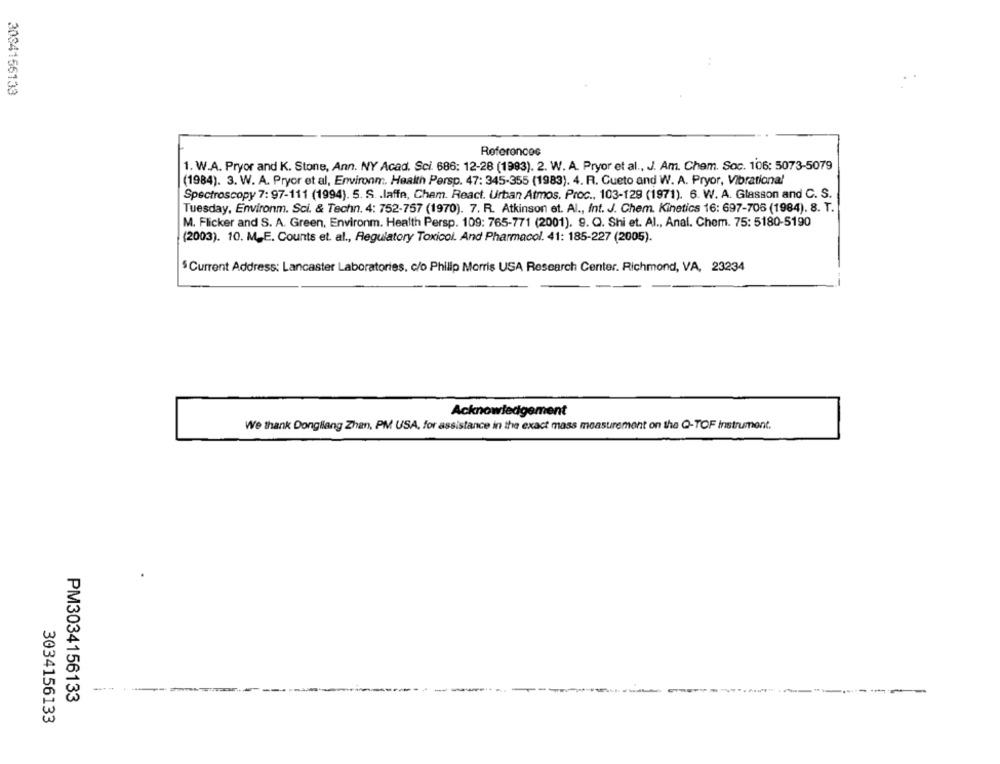
3034156133
Referoncos
1. W.A. Pryor and K. Stone, Ann. NY Acad. Sci. 686: 12-28 (1983). 2. W. A. Pryor et al ., J. Am. Chem. Soc. 106: 5073-5079
(1984). 3. W. A. Pryor et al, Environm. Health Persp. 47: 345-355 (1983). 4. R. Cueto and W. A. Pryor, Vibrational
Spectroscopy 7: 97-111 (1994). 5. S .. laffe, Cham. React. Urban Atmos. Proc ., 103-129 (1971). 6. W. A. Glasson and C. S.
Tuesday, Environm. Sci. & Techn. 4: 752-757 (1970). 7. R. Atkinson et. Al ., Int. J. Chem. Kinetics 16: 697-706 (1984). 8. T.
M. Flicker and S. A. Green, Environm. Health Persp. 109: 765-771 (2001). 9. Q. Shi et. Al ., Anal. Chem. 75: 5180-5190
(2003). 10. M.E. Counts et. al ., Regulatory Toxicol. And Pharmacol. 41: 185-227 (2005).
$ Current Address: Lancaster Laboratories, c/o Philip Morris USA Research Center. Richmond, VA, 23234
Acknowledgement
We thank Dongfang Zhan, PM USA, for assistance in the exact mass measurement on the Q-TOF Instrument.
-----
PM3034156133
3034156133